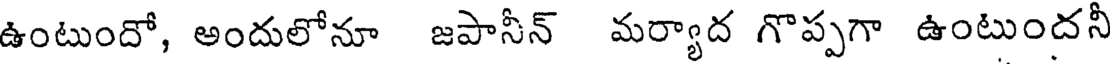
ఉంటుందో, అందులోనూ జపానీన్ మర్యాద గొప్పగా ఉంటుందనీ